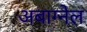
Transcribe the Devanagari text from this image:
अबाग्नेल